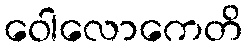
ဝေါလောကေတိ